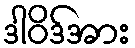
ဒါဝိဒ်အား